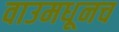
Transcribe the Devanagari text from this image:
वाउमधूनच